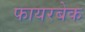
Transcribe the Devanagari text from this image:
फायरबेक